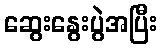
ဆွေးနွေးပွဲအပြီး